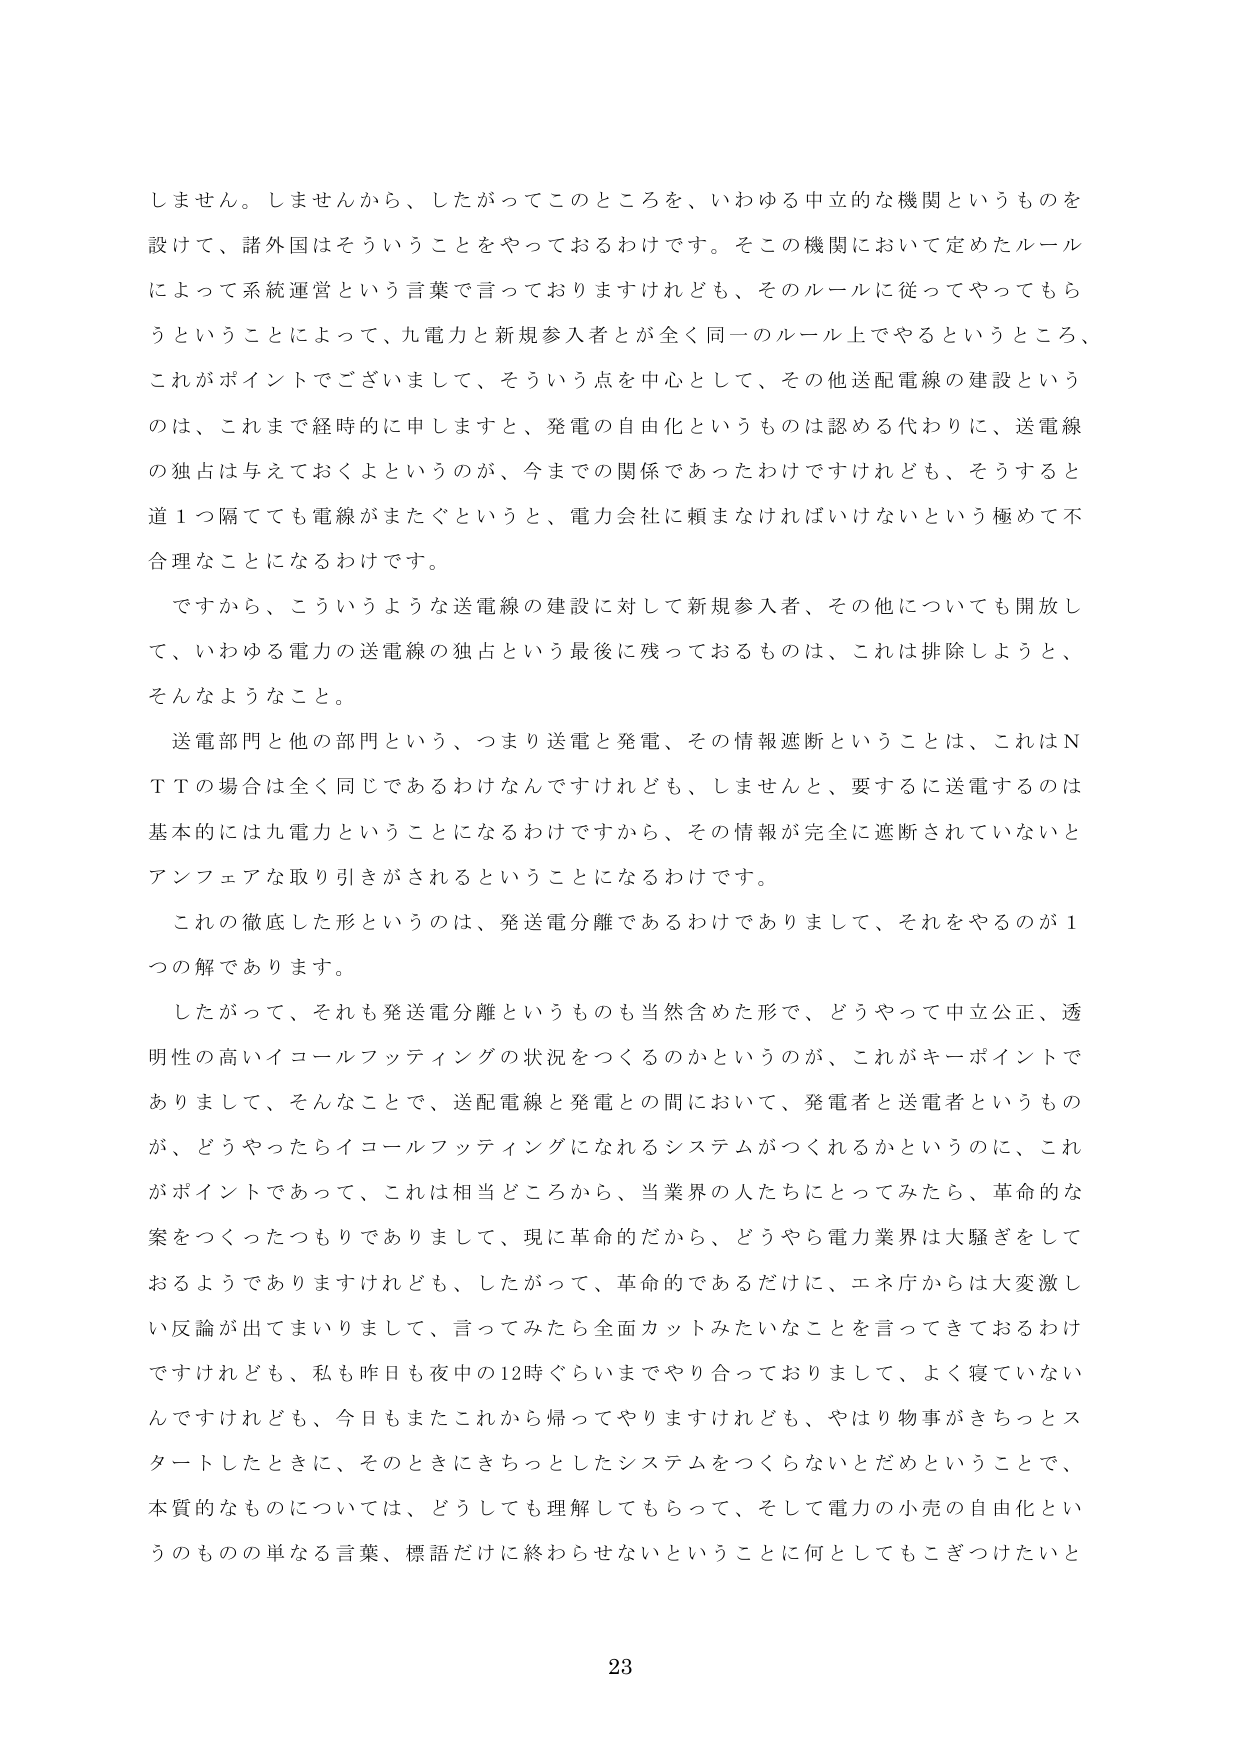
しません。しませんから、したがってこのところを、いわゆる中立的な機関というものを
設けて、諸外国はそういうことをやっておるわけです。そこの機関において定めたルール
によって系統運営という言葉で言っておりますけれども、そのルールに従ってやってもら
うということによって、九電力と新規参入者が全く同一のルール上でやるというところ、
これがポイントでございまして、そういう点を中心として、その他送配電線の建設という
のは、これまで経時的に申しますと、発電の自由化というものは認める代わりに、送電線
の独占は与えておくよというのが、今までの関係であったわけですけれども、そうすると
道１つ隔てても電線がまたぐというと、電力会社に頼まなければならないという極めて不
合理なことになるわけです。

ですから、こういうような送電線の建設に対して新規参入者、その他についても開放し
て、いわゆる電力の送電線の独占という最後に残っておるものは、これは排除しようと、
そんなようなこと。

送電部門と他の部門という、つまり送電と発電、その情報遮断ということは、これはＮ
ＴＴの場合は全く同じであるわけなんですけれども、しませんと、要するに送電するのは
基本的には九電力ということになるわけですから、その情報が完全に遮断されていないと
アンフェアな取り引きがされるということになるわけです。

これの徹底した形というのは、発送電分離であるわけでありますして、それをやるのが１
つの解であります。

したがって、それも発送電分離というのも当然含めた形で、どうやって中立公正、透
明性の高いイコールフッティングの状況をつくるのかというのが、これがキーポイントで
ありまして、そんなことで、送配電線と発電との間において、発電者と送電者というも
のが、どうやったらイコールフッティングになれるシステムがつくれるかというのに、これ
がポイントであって、これは相当どころから、当業界の人たちにとってみたら、革命的な
案をつくったつもりでありまして、現に革命的だから、どうやら電力業界は大騒ぎをして
おるようでありますけれども、したがって、革命的であるだけに、エネ庁からは大変激し
い反論が出てまいりまして、言ってみたら全面カットみたいなことを言ってきておるわけ
ですけれども、私も昨日も夜中の12時ぐらいまでやり合っておりまして、よく寝ていない
んですけれども、今日もまたこれから帰ってやりますけれども、やはり物事がきちっとス
タートしたときに、そのときにきちっとしたシステムをつくらないとだめということで、
本質的なものについては、どうしても理解してもらって、そして電力の小売の自由化とい
うものの単なる言葉、標語だけに終わらせないということに何としてもこぎつけたいと

23